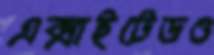
এক্সাইটেডও